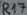
Text: R17